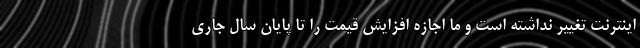
اینترنت تغییر نداشته است و ما اجازه افزایش قیمت را تا پایان سال جاری